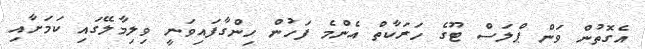
އެގޮތުން ވަން ޕްލަސް ޓޫގެ ހަރަކާތް އެންމެ ފަހުން ހިންގާފައިވަނީ ވިލިމާލޭގައި ކަމަށާއި